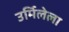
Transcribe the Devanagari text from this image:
उर्मिलेला